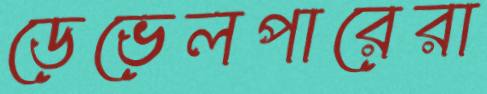
ডেভেলপারেরা